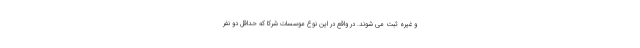
و غیره ثبت می شوند. در واقع در این نوع موسسات شرکا که حداقل دو نفر